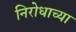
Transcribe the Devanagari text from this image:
निरोधाच्या